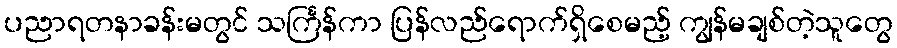
ပညာရတနာခန်းမတွင် သင်္ကြန်ကာ ပြန်လည်ရောက်ရှိစေမည့် ကျွန်မချစ်တဲ့သူတွေ